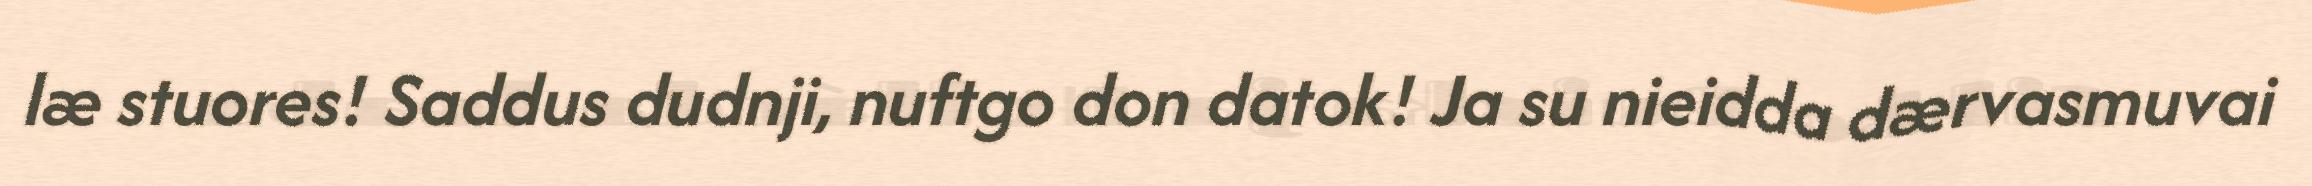
læ stuores! Saddus dudnji, nuftgo don datok! Ja su nieidda dærvasmuvai